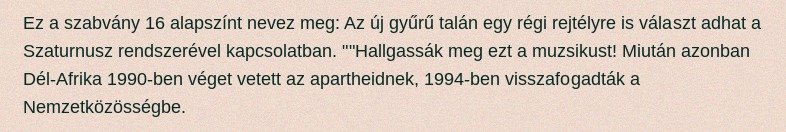
Ez a szabvány 16 alapszínt nevez meg: Az új gyűrű talán egy régi rejtélyre is választ adhat a Szaturnusz rendszerével kapcsolatban. ""Hallgassák meg ezt a muzsikust! Miután azonban Dél-Afrika 1990-ben véget vetett az apartheidnek, 1994-ben visszafogadták a Nemzetközösségbe.